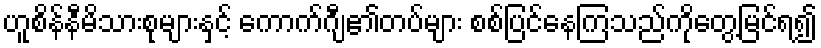
ဟူစိန်နီမိသားစုများနှင့် ကောက်ဂျီ၏တပ်များ စစ်ပြင်နေကြသည်ကိုတွေ့မြင်ရ၍